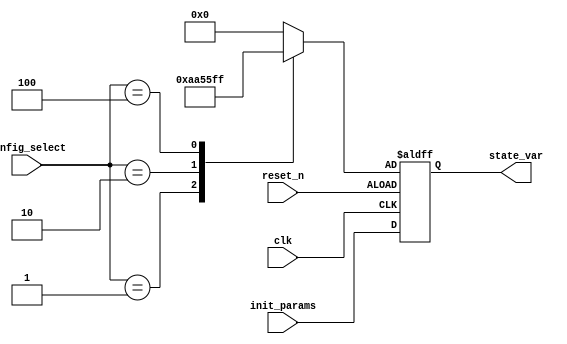
module ConfigurableInit #(parameter WIDTH = 8, // Width of input signals
                          parameter NUM_CONDITIONS = 4) // Number of configurable initial conditions
(
    input wire clk,                       // Clock signal
    input wire reset_n,                   // Active-low reset signal
    input wire [WIDTH-1:0] init_params,   // Input parameters for initialization
    input wire [NUM_CONDITIONS-1:0] config_select, // Selection signals for initial conditions
    output reg [WIDTH-1:0] state_var      // State variable representing the current state
);

// Internal state variables
reg [WIDTH-1:0] default_value; // Default value for state variable

// Initialization Logic
always @* begin
    case (config_select)
        4'b0001: default_value = 8'hAA; // Condition 1
        4'b0010: default_value = 8'h55; // Condition 2
        4'b0100: default_value = 8'hFF; // Condition 3
        4'b1000: default_value = 8'h00; // Condition 4
        default: default_value = 8'h00;  // Default case
    endcase
end

// Reset Mechanism and Clock Sensitivity
always @(posedge clk or negedge reset_n) begin
    if (!reset_n) begin
        state_var <= default_value; // Reset to default value
    end else begin
        state_var <= init_params; // Initialize state variable based on input parameters
    end
end

endmodule